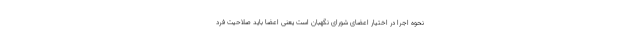
نحوه اجرا در اختیار اعضای شورای نگهبان است یعنی اعضا باید صلاحیت فرد